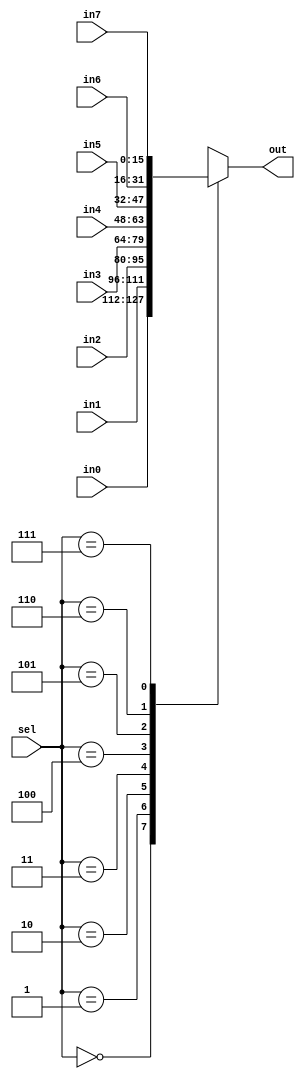
module mux8_16 (sel, in0, in1, in2, in3, in4, in5, in6, in7, out);
	input	[2:0]	sel;
	input 	[15:0]	in0, in1, in2, in3, in4, in5, in6, in7;
	output	reg [15:0]	out;
	always @(*) begin 
		case (sel)
			3'b000: out <= in0;
			3'b001: out <= in1;
			3'b010: out <= in2;
			3'b011: out <= in3;
			3'b100: out <= in4;
			3'b101: out <= in5;
			3'b110: out <= in6;
			3'b111: out <= in7;
		endcase // sel
	end
endmodule